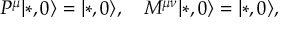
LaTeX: P ^ { \mu } | * , 0 \rangle = | * , 0 \rangle , \quad M ^ { \mu \nu } | * , 0 \rangle = | * , 0 \rangle ,